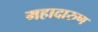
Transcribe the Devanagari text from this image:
महादारुण